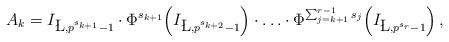
LaTeX: \begin{align*}A_k=I_{\L,p^{s_{k+1}}-1} \cdot \Phi^{s_{k+1}} \Bigl( I_{\L,p^{s_{k+2}}-1} \Bigr) \cdot \ldots \cdot \Phi^{\sum_{j=k+1}^{r-1}s_j}\Bigl( I_{\L,p^{s_r}-1} \Bigr)\,,\end{align*}